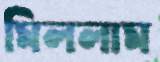
মিললাম